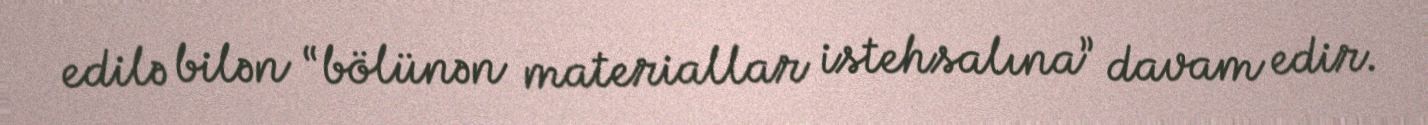
edilə bilən “bölünən materiallar istehsalına” davam edir.